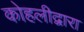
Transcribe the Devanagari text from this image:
कोहलीद्वारा